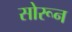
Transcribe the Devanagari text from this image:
सोरून